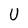
Character: U